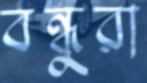
বন্ধুরা